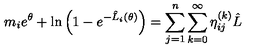
m _ { i } e ^ { \theta } + \ln \left( 1 - e ^ { - \hat { L } _ { i } ( \theta ) } \right) = \sum _ { j = 1 } ^ { n } \sum _ { k = 0 } ^ { \infty } \eta _ { i j } ^ { ( k ) } \hat { L }